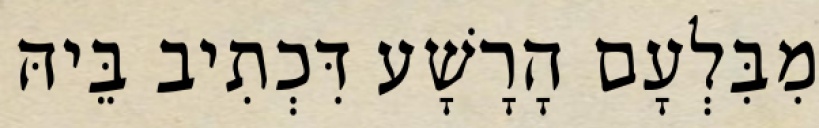
מִבִּלְעָם הָרָשָׁע דִּכְתִיב בֵּיהּ